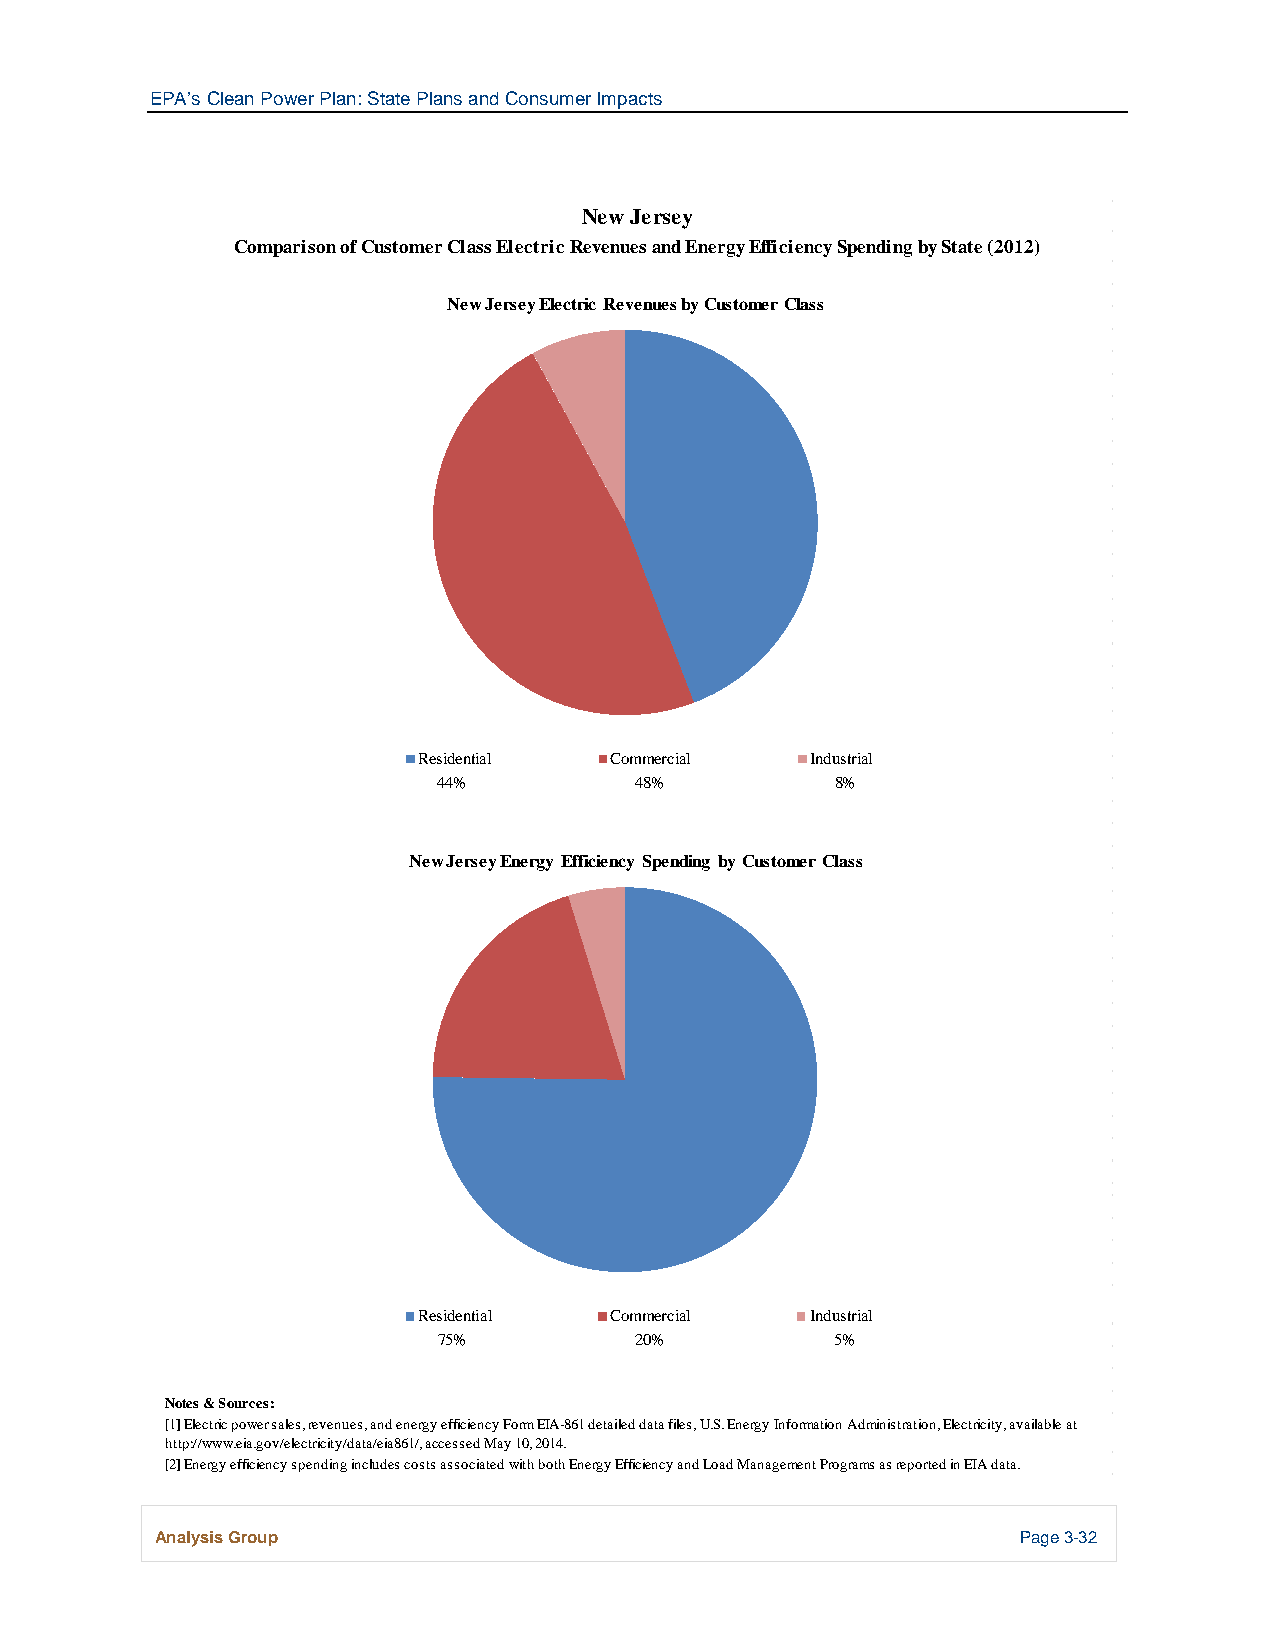
EPA’s Clean Power Plan: State Plans and Consumer Impacts
 New Jersey
 Comparison of Customer Class Electric Revenues and Energy Efficiency Spending by State (2012)
 New Jersey Electric Revenues by Customer Class
 Residential Commercial    Industrial
 44%          48%          8%
 New Jersey Energy Efficiency Spending by Customer Class
 Residential Commercial    Industrial
 75%          20%          5%
 Notes & Sources:
 [1] Electric power sales, revenues, and energy efficiency Form EIA-861 detailed data files, U.S. Energy Information Administration, Electricity, available at
 http://www.eia.gov/electricity/data/eia861/, accessed May 10, 2014.
 [2] Energy efficiency spending includes costs associated with both Energy Efficiency and Load Management Programs as reported in EIA data.
 Analysis Group                                            Page 3-32